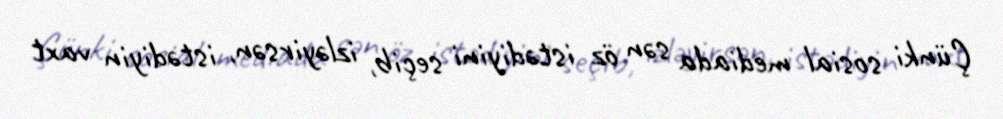
Çünki sosial mediada sən öz istədiyini seçib, izləyirsən, istədiyin vaxt